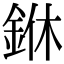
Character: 銝